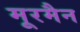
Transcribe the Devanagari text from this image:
मूरमैन